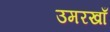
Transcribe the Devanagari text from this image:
उमरखाँ